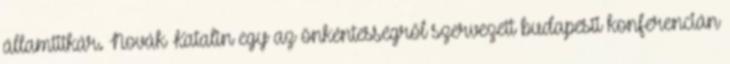
államtitkár. Novák Katalin egy az önkéntességről szervezett budapesti konferencián